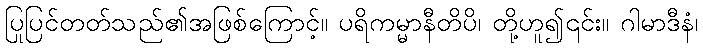
ပြုပြင်တတ်သည်၏အဖြစ်ကြောင့်။ ပရိကမ္မာနီတိပိ၊ တို့ဟူ၍၎င်း။ ဂါမာဒီနံ၊